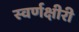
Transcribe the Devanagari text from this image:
स्वर्णक्षीरी